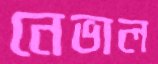
নেভাল